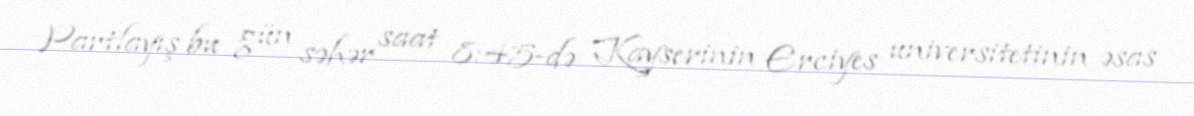
Partlayış bu gün səhər saat 8:45-də Kayserinin Erciyes universitetinin əsas